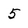
Character: 5